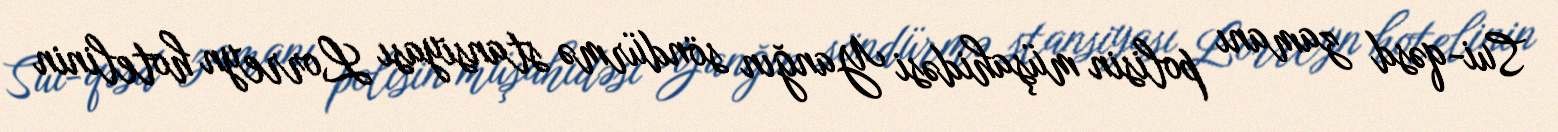
Sui-qəsd zamanı polisin müşahidəsi Yanğın söndürmə stansiyası Lorreyn hotelinin